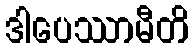
ဒါပေဿာမီတိ